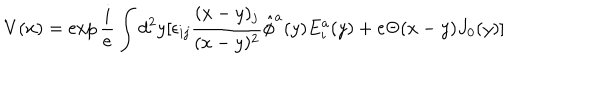
LaTeX: V ( x ) = \exp { \frac { i } { e } } \int d ^ { 2 } y [ \epsilon _ { i j } { \frac { ( x - y ) _ { j } } { ( x - y ) ^ { 2 } } } \hat { \phi } ^ { a } ( y ) E _ { i } ^ { a } ( y ) + e \Theta ( x - y ) J _ { 0 } ( y ) ]